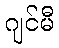
ဂျင်မီ